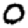
Digit: 0